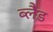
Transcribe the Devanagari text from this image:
ब्लैड